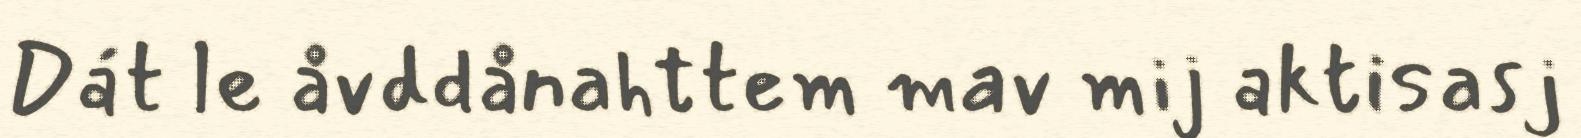
Dát le åvddånahttem mav mij aktisasj